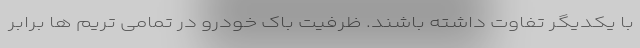
با یکدیگر تفاوت داشته باشند. ظرفیت باک خودرو در تمامی تریم ها برابر